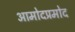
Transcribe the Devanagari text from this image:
आमोदप्रमोद